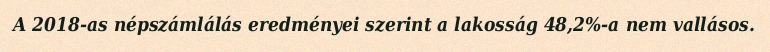
A 2018-as népszámlálás eredményei szerint a lakosság 48,2%-a nem vallásos.